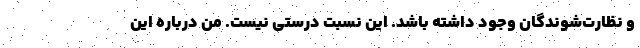
و نظارت‌شوندگان وجود داشته باشد. این نسبت درستی نیست. من درباره این